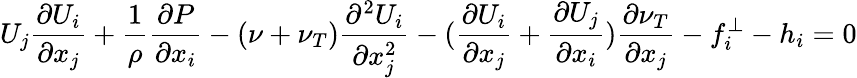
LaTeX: U_{j}\frac{\partial U_{i}}{\partial x_{j}}+\frac{1}{\rho}\frac{\partial P}{\partial x_{i}}-(\nu+\nu_{T})\frac{\partial^{2}U_{i}}{\partial x_{j}^{2}}-(\frac{\partial U_{i}}{\partial x_{j}}+\frac{\partial U_{j}}{\partial x_{i}})\frac{\partial\nu_{T}}{\partial x_{j}}-f_{i}^{\perp}-h_{i}=0